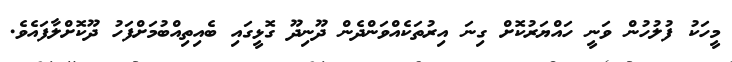
މީހަކު ފުލުހުން ވަނީ ހައްޔަރުކޮށް ގިނަ އިރުތަކެއްވަންދެން ދޫނިދޫ ގޮޅީގައި ބެއިތިއްބުމަށްފަހު ދޫކޮށްލާފައެވެ.